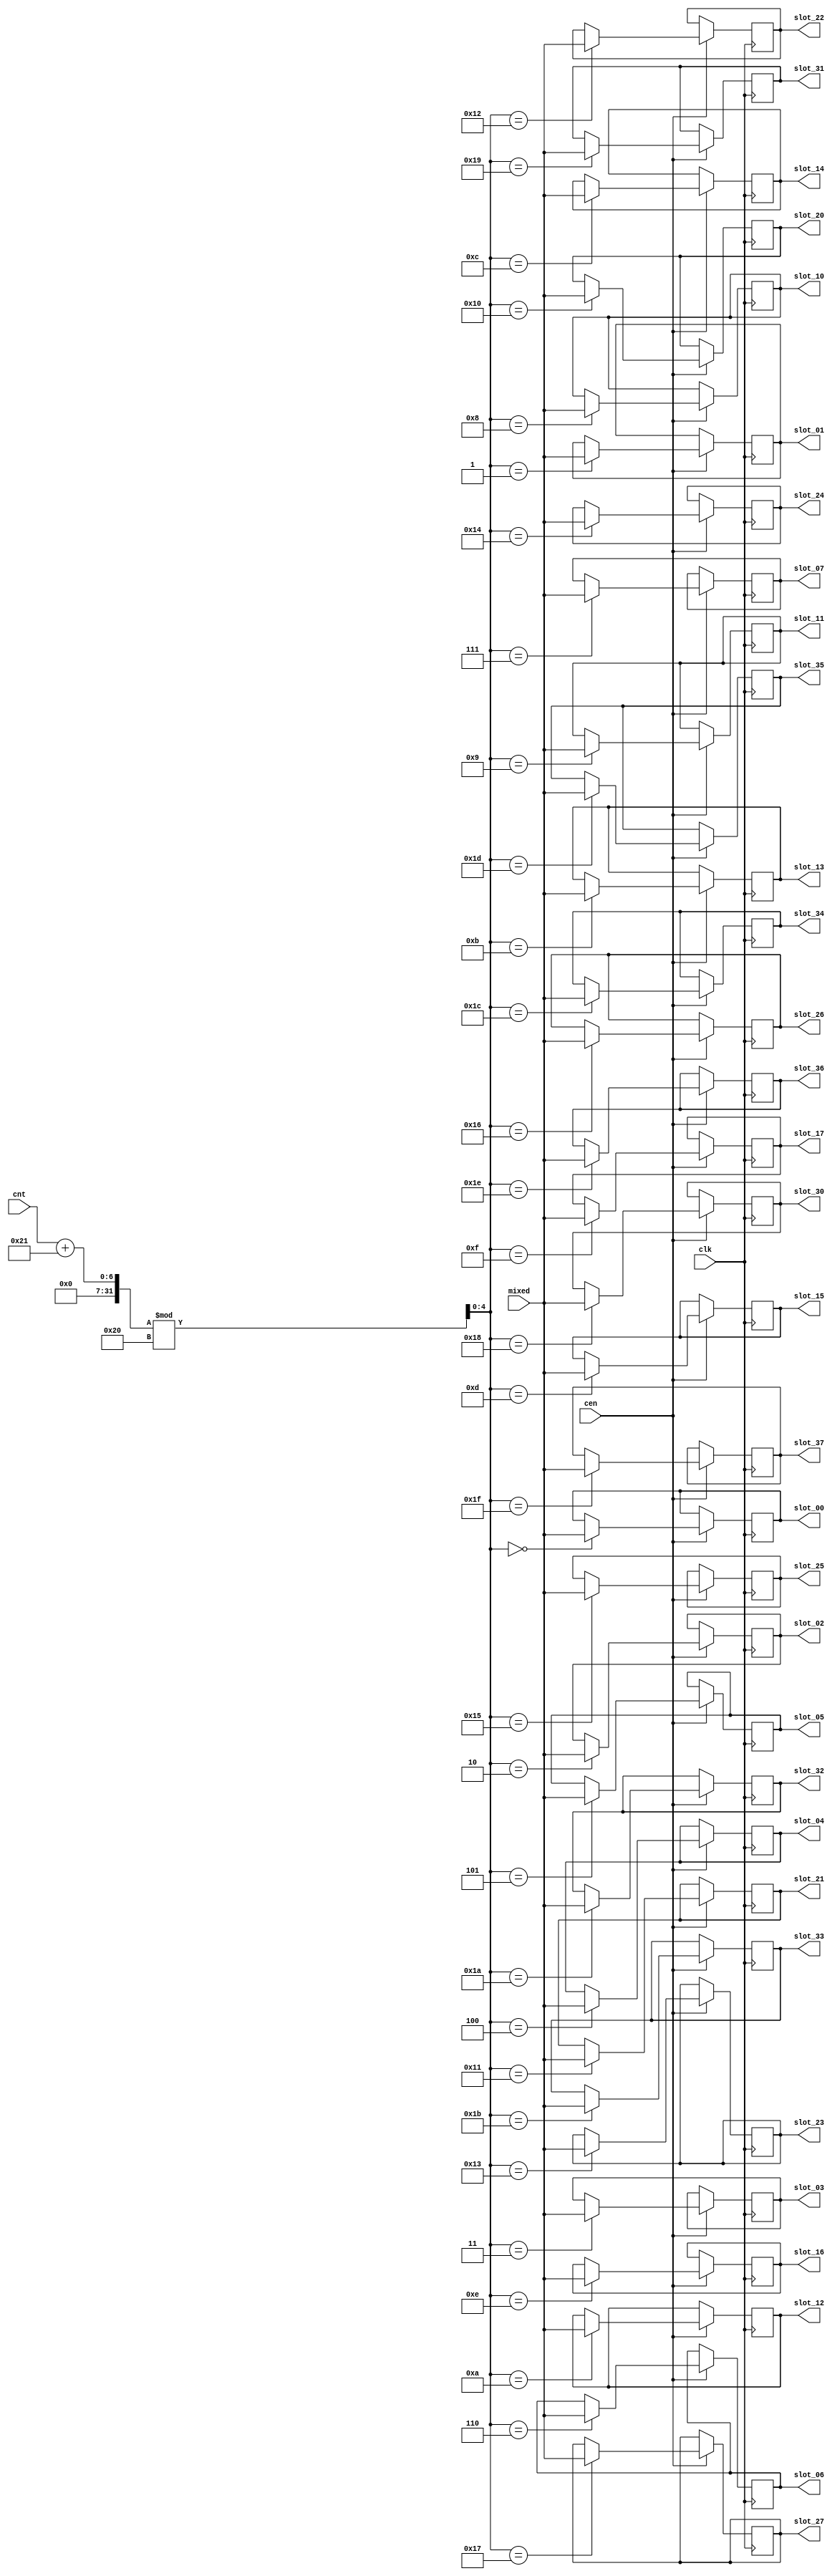
module sep32 #(parameter width=10, parameter stg=5'd0)
(
    input   clk,
    input   cen,
    input [width-1:0] mixed,
    input [4:0] cnt,

    output reg [width-1:0]  slot_00,
    output reg [width-1:0]  slot_01,
    output reg [width-1:0]  slot_02,
    output reg [width-1:0]  slot_03,
    output reg [width-1:0]  slot_04,
    output reg [width-1:0]  slot_05,
    output reg [width-1:0]  slot_06,
    output reg [width-1:0]  slot_07,
    output reg [width-1:0]  slot_10,
    output reg [width-1:0]  slot_11,
    output reg [width-1:0]  slot_12,
    output reg [width-1:0]  slot_13,
    output reg [width-1:0]  slot_14,
    output reg [width-1:0]  slot_15,
    output reg [width-1:0]  slot_16,
    output reg [width-1:0]  slot_17,
    output reg [width-1:0]  slot_20,
    output reg [width-1:0]  slot_21,
    output reg [width-1:0]  slot_22,
    output reg [width-1:0]  slot_23,
    output reg [width-1:0]  slot_24,
    output reg [width-1:0]  slot_25,
    output reg [width-1:0]  slot_26,
    output reg [width-1:0]  slot_27,
    output reg [width-1:0]  slot_30,
    output reg [width-1:0]  slot_31,
    output reg [width-1:0]  slot_32,
    output reg [width-1:0]  slot_33,
    output reg [width-1:0]  slot_34,
    output reg [width-1:0]  slot_35,
    output reg [width-1:0]  slot_36,
    output reg [width-1:0]  slot_37
);

/*verilator coverage_off*/

reg [4:0] cntadj;

reg [width-1:0] slots[0:31] /*verilator public*/;

localparam pos0 = 33-stg;

/* verilator lint_off WIDTH */
always @(*)
    cntadj = (cnt+pos0)%32;
/* verilator lint_on WIDTH */

always @(posedge clk) if(cen) begin
    slots[cntadj] <= mixed;
    case( cntadj ) // octal numbers!
        5'o00:  slot_00 <= mixed;
        5'o01:  slot_01 <= mixed;
        5'o02:  slot_02 <= mixed;
        5'o03:  slot_03 <= mixed;
        5'o04:  slot_04 <= mixed;
        5'o05:  slot_05 <= mixed;
        5'o06:  slot_06 <= mixed;
        5'o07:  slot_07 <= mixed;
        5'o10:  slot_10 <= mixed;
        5'o11:  slot_11 <= mixed;
        5'o12:  slot_12 <= mixed;
        5'o13:  slot_13 <= mixed;
        5'o14:  slot_14 <= mixed;
        5'o15:  slot_15 <= mixed;
        5'o16:  slot_16 <= mixed;
        5'o17:  slot_17 <= mixed;
        5'o20:  slot_20 <= mixed;
        5'o21:  slot_21 <= mixed;
        5'o22:  slot_22 <= mixed;
        5'o23:  slot_23 <= mixed;
        5'o24:  slot_24 <= mixed;
        5'o25:  slot_25 <= mixed;
        5'o26:  slot_26 <= mixed;
        5'o27:  slot_27 <= mixed;
        5'o30:  slot_30 <= mixed;
        5'o31:  slot_31 <= mixed;
        5'o32:  slot_32 <= mixed;
        5'o33:  slot_33 <= mixed;
        5'o34:  slot_34 <= mixed;
        5'o35:  slot_35 <= mixed;
        5'o36:  slot_36 <= mixed;
        5'o37:  slot_37 <= mixed;
    endcase
end

/*verilator coverage_on*/

endmodule